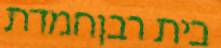
בית רבןחמדת